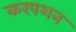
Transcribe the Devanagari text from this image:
करपशन